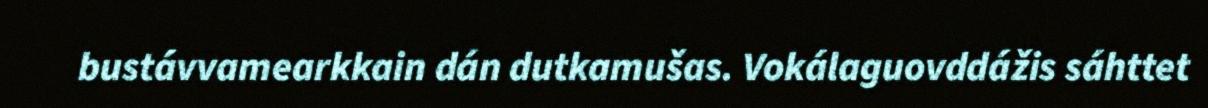
bustávvamearkkain dán dutkamušas. Vokálaguovddážis sáhttet